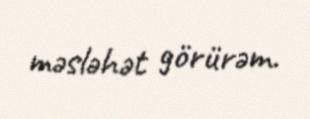
məsləhət görürəm.